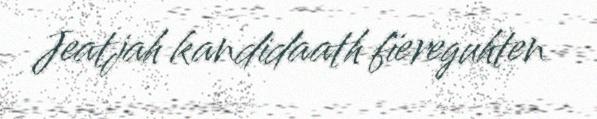
Jeatjah kandidaath fïereguhten